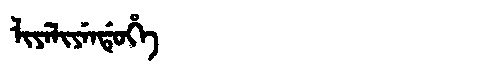
Manchu: ᠯᡳᠶᡝᠯᡳᠶᡝᠨᡩᡠᡥᡝ
Romanization: LIYELIYENDUHE